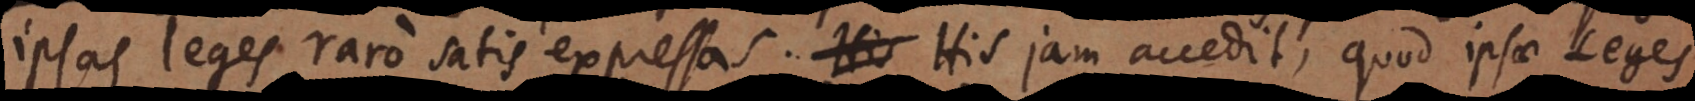
ipsas leges raro satis expressas. His jam accedit, quod ipsae Leges